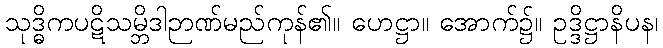
သုဒ္ဓိကပဋိသမ္ဘိဒါဉာဏ်မည်ကုန်၏။ ဟေဋ္ဌာ။ အောက်၌။ ဥဒ္ဒိဋ္ဌာနိပန၊